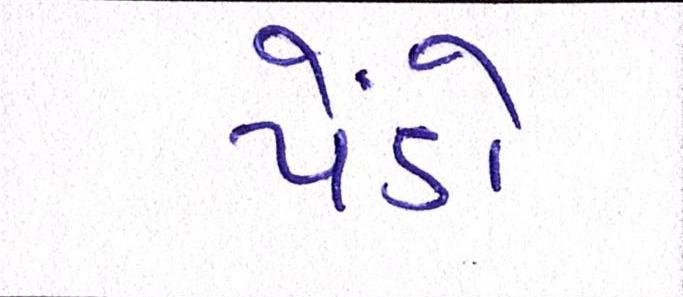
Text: પેંડો